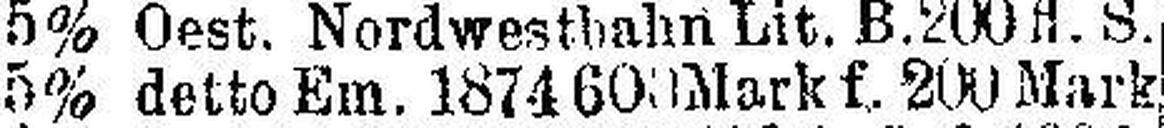
5% detto Em. 187460 Mark f. 200 Mark